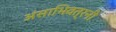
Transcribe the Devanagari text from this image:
अंसाभिवत्रनी